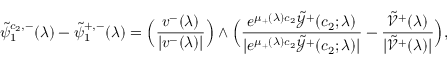
\tilde { \psi } _ { 1 } ^ { c _ { 2 } , - } ( \lambda ) - \tilde { \psi } _ { 1 } ^ { + , - } ( \lambda ) = \Big ( \frac { v ^ { - } ( \lambda ) } { | v ^ { - } ( \lambda ) | } \Big ) \wedge \Big ( \frac { e ^ { \mu _ { + } ( \lambda ) c _ { 2 } } \tilde { \mathcal { Y } } ^ { + } ( c _ { 2 } ; \lambda ) } { | e ^ { \mu _ { + } ( \lambda ) c _ { 2 } } \tilde { \mathcal { Y } } ^ { + } ( c _ { 2 } ; \lambda ) | } - \frac { \tilde { \mathcal { V } } ^ { + } ( \lambda ) } { | \tilde { \mathcal { V } } ^ { + } ( \lambda ) | } \Big ) ,